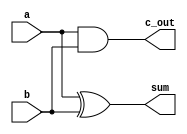
// 2Q. gate level implementation of half adder
module HA(
input a,
input b,

output c_out,
output sum);

	xor x1(sum,a,b);

	and A1(c_out,a,b);
	
endmodule